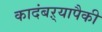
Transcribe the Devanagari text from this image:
कादंबऱ्यापैकी